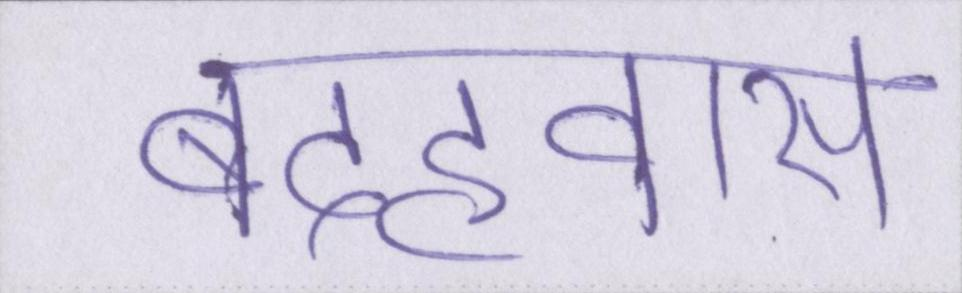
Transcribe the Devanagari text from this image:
बदहवास